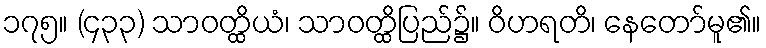
၁၇၅။ (၄၃၃) သာဝတ္ထိယံ၊ သာဝတ္ထိပြည်၌။ ဝိဟရတိ၊ နေတော်မူ၏။